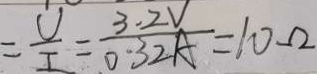
= \frac { U } { I } = \frac { 3 . 2 V } { 0 . 3 2 A } = 1 0 \Omega